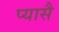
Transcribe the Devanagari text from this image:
प्यासै